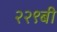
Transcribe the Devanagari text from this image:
२२९बी